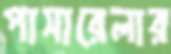
পাসারেলার